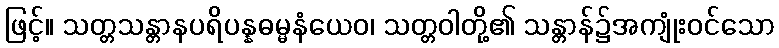
ဖြင့်။ သတ္တသန္တာနပရိပန္နဓမ္မနံယေဝ၊ သတ္တဝါတို့၏ သန္တာန်၌အကျုံးဝင်သော